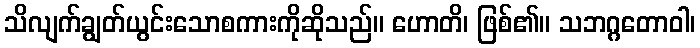
သိလျက်ချွတ်ယွင်းသောစကားကိုဆိုသည်။ ဟောတိ၊ ဖြစ်၏။ သဘဂ္ဂတောဝါ၊